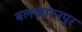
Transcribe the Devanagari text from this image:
बलकारनपुर